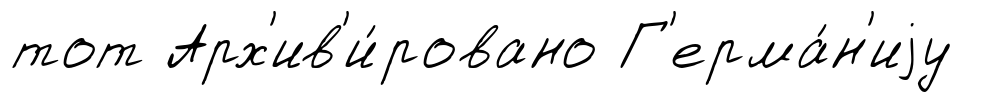
тот Арх'ив'и́ровано Г'ерма́н'иjу